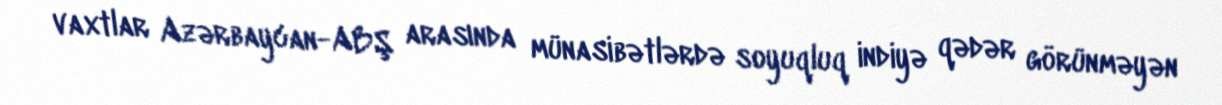
vaxtlar Azərbaycan-ABŞ arasında münasibətlərdə soyuqluq indiyə qədər görünməyən